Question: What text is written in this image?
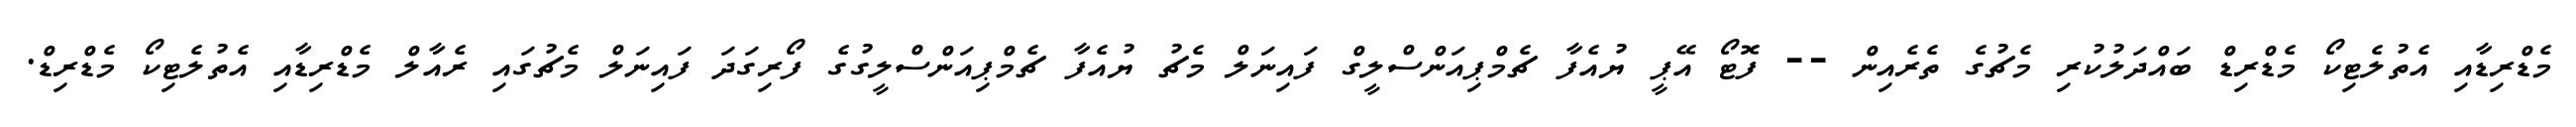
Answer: މެޑްރިޑާއި އެތުލެޓިކޯ މެޑްރިޑް ބައްދަލުކުރި މެޗުގެ ތެރެއިން -- ފޮޓޯ އޭޕީ ޔުއެފާ ޗެމްޕިއަންސްލީގް ފައިނަލް މެޗު ޔުއެފާ ޗެމްޕިއަންސްލީގުގެ ފޯރިގަދަ ފައިނަލް މެޗުގައި ރެއާލް މެޑްރިޑާއި އެތުލެޓިކޯ މެޑްރިޑް.